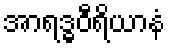
အာရဒ္ဓဝီရိယာနံ